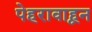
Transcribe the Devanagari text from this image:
पेहरावाहून